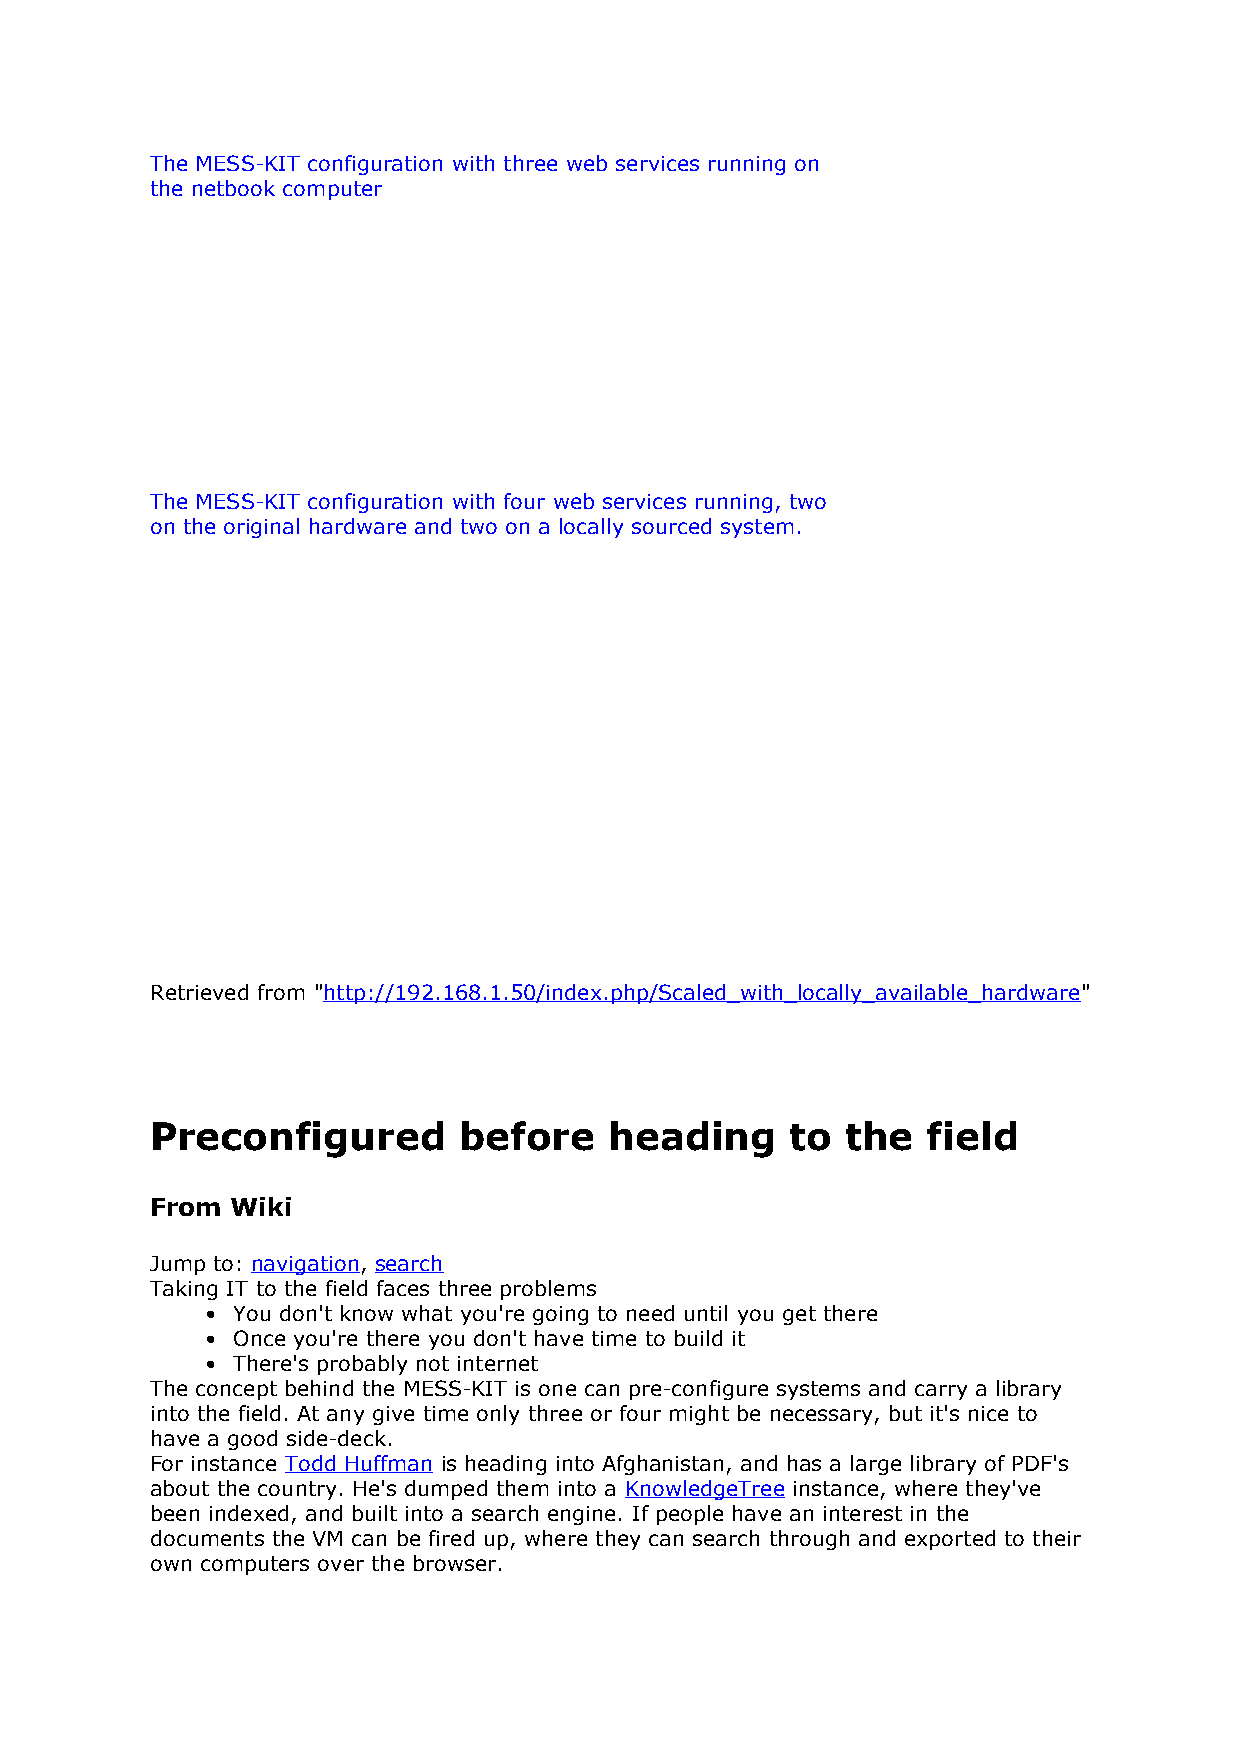
The MESS-KIT configuration with three web services running on
 the netbook computer
 The MESS-KIT configuration with four web services running, two
 on the original hardware and two on a locally sourced system.
 Retrieved from "http://192.168.1.50/index.php/Scaled_with_locally_available_hardware"
 Preconfigured       before    heading     to  the  field
 From Wiki
 Jump to: navigation, search
 Taking IT to the field faces three problems
 • You don't know what you're going to need until you get there
 • Once you're there you don't have time to build it
 • There's probably not internet
 The concept behind the MESS-KIT is one can pre-configure systems and carry a library
 into the field. At any give time only three or four might be necessary, but it's nice to
 have a good side-deck.
 For instance Todd Huffman is heading into Afghanistan, and has a large library of PDF's
 about the country. He's dumped them into a KnowledgeTree instance, where they've
 been indexed, and built into a search engine. If people have an interest in the
 documents the VM can be fired up, where they can search through and exported to their
 own computers over the browser.